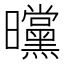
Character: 曭